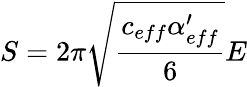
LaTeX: S=2\pi\sqrt{\frac{c_{eff}\alpha_{eff}^{\prime}}{6}}E